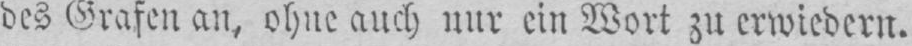
des Grafen au, ohne auch nur ein Wort zu erwiedern.